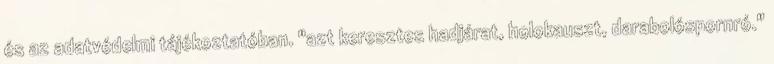
és az adatvédelmi tájékoztatóban. "azt keresztes hadjárat, holokauszt, darabolóspornró."